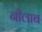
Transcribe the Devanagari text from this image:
नीलाब